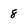
Character: 8